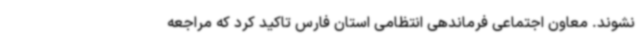
نشوند. معاون اجتماعی فرماندهی انتظامی استان فارس تاکید کرد که مراجعه